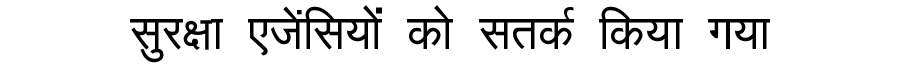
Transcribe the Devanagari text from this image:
सुरक्षा एजेंसियों को सतर्क किया गया